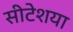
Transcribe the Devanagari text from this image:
सीटेशया